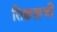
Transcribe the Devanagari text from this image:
तिक्वाहची